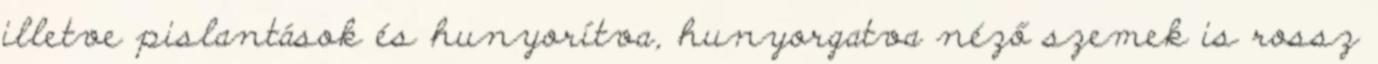
illetve pislantások és hunyorítva, hunyorgatva néző szemek is rossz